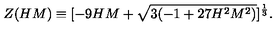
Z ( H M ) \equiv [ - 9 H M + \sqrt { 3 ( - 1 + 2 7 H ^ { 2 } M ^ { 2 } ) } ] ^ { \frac { 1 } { 3 } } .